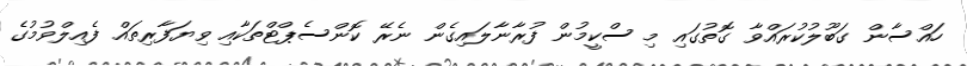
ހައްސާން ގަބޫލުކުރައްވާ ގޮތުގައި މި ސްކީމުން ފުރާނާލައިގެން ނެރޭ ކޮންސެޕްޓްތަކާއި ވިޔަފާރިތައް ފެއިލްވުމުގެ